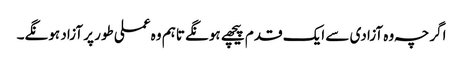
اگرچہ وہ آزادی سے ایک قدم پیچھے ہونگے تاہم وہ عملی طور پر آزاد ہونگے۔